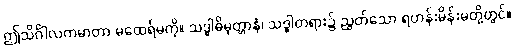
ဤသိင်္ဂါလကမာတာ မထေရ်မကို။ သဒ္ဓါဓိမုတ္တာနံ၊ သဒ္ဓါတရား၌ ညွတ်သော ရဟန်းမိန်းမတို့တွင်။